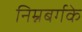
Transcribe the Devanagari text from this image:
निम्नबर्गके